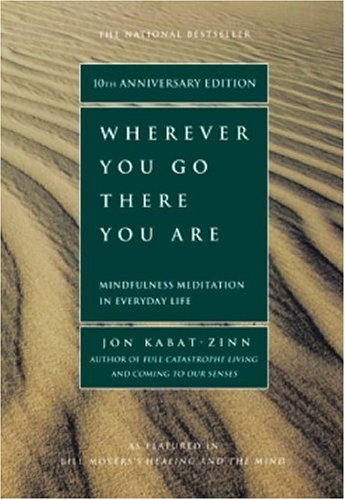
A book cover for Wherever You Go, There You Are; Jon Kabat-Zinn; Self-Help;